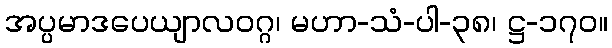
အပ္ပမာဒပေယျာလဝဂ္ဂ၊ မဟာ-သံ-ပါ-၃၈၊ ဋ္ဌ-၁၇၀။